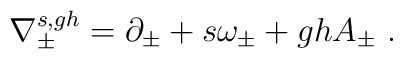
\nabla^{s,gh}_{\pm}=\partial _{\pm}+s\omega _{\pm}+gh A_{\pm}\ .